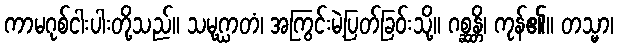
ကာမဂုစ်ငါးပါးတို့သည်။ သမုဂ္ဃာတံ၊ အကြွင်းမဲ့ပြတ်ခြဝ်းသို့။ ဂစ္ဆန္တိ၊ ကုန်၏။ တသ္မာ၊